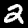
Digit: 2